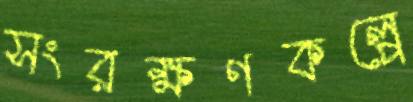
সংরক্ষণকল্পে